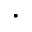
\cdot